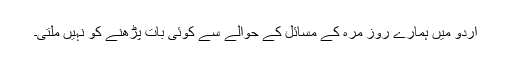
اردو میں ہمارے روز مرہ کے مسائل کے حوالے سے کوئی بات پڑھنے کو نہیں ملتی۔